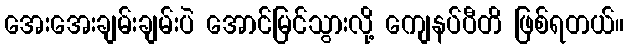
အေးအေးချမ်းချမ်းပဲ အောင်မြင်သွားလို့ ကျေနပ်ပီတိ ဖြစ်ရတယ်။